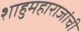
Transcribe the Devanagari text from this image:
शाहुमहाराजांची